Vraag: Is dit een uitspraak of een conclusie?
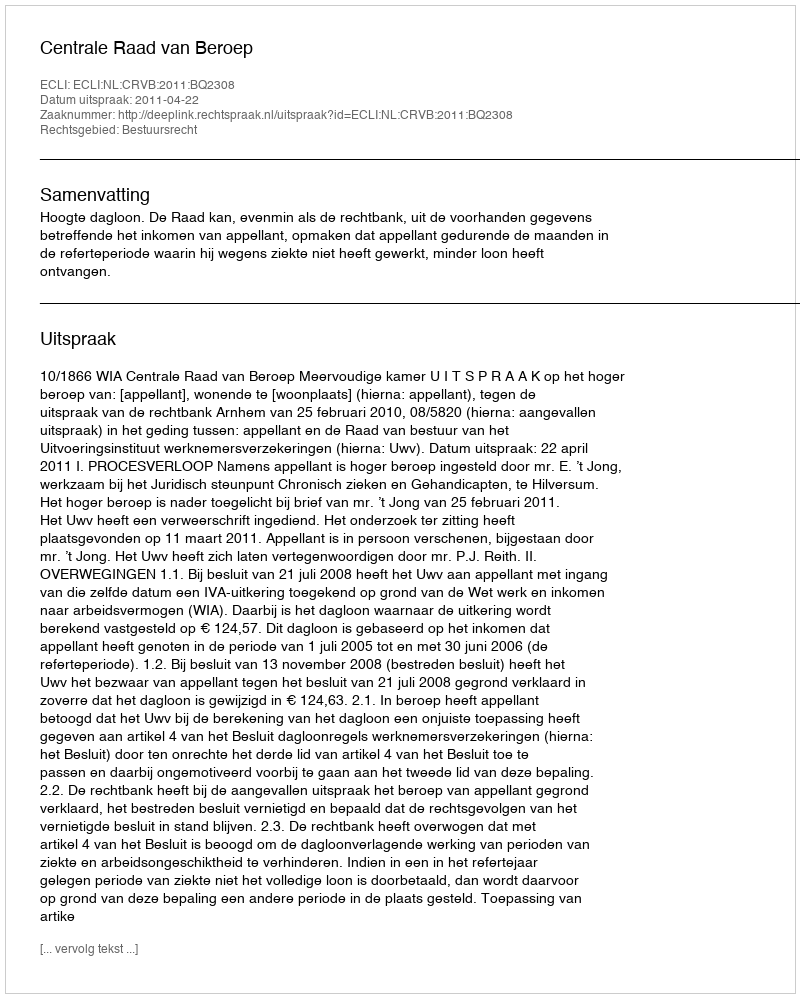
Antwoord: Uitspraak